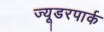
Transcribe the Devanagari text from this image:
ज्यूडरपार्क